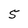
Character: 5